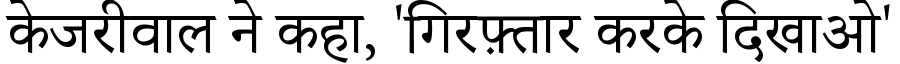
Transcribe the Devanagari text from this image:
केजरीवाल ने कहा, 'गिरफ़्तार करके दिखाओ'